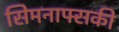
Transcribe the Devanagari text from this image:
सिमनाफ्सकी